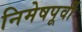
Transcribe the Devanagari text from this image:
निमेषपूर्वी